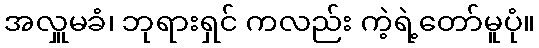
အလှူမခံ၊ ဘုရားရှင် ကလည်း ကဲ့ရဲ့တော်မူပုံ။